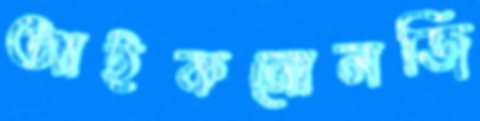
আইকনোলজি